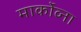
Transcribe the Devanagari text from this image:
मार्कोव्ना